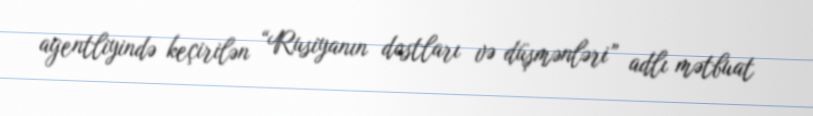
agentliyində keçirilən “Rusiyanın dostları və düşmənləri” adlı mətbuat